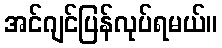
အင်ဂျင်ပြန်လုပ်ရမယ်။